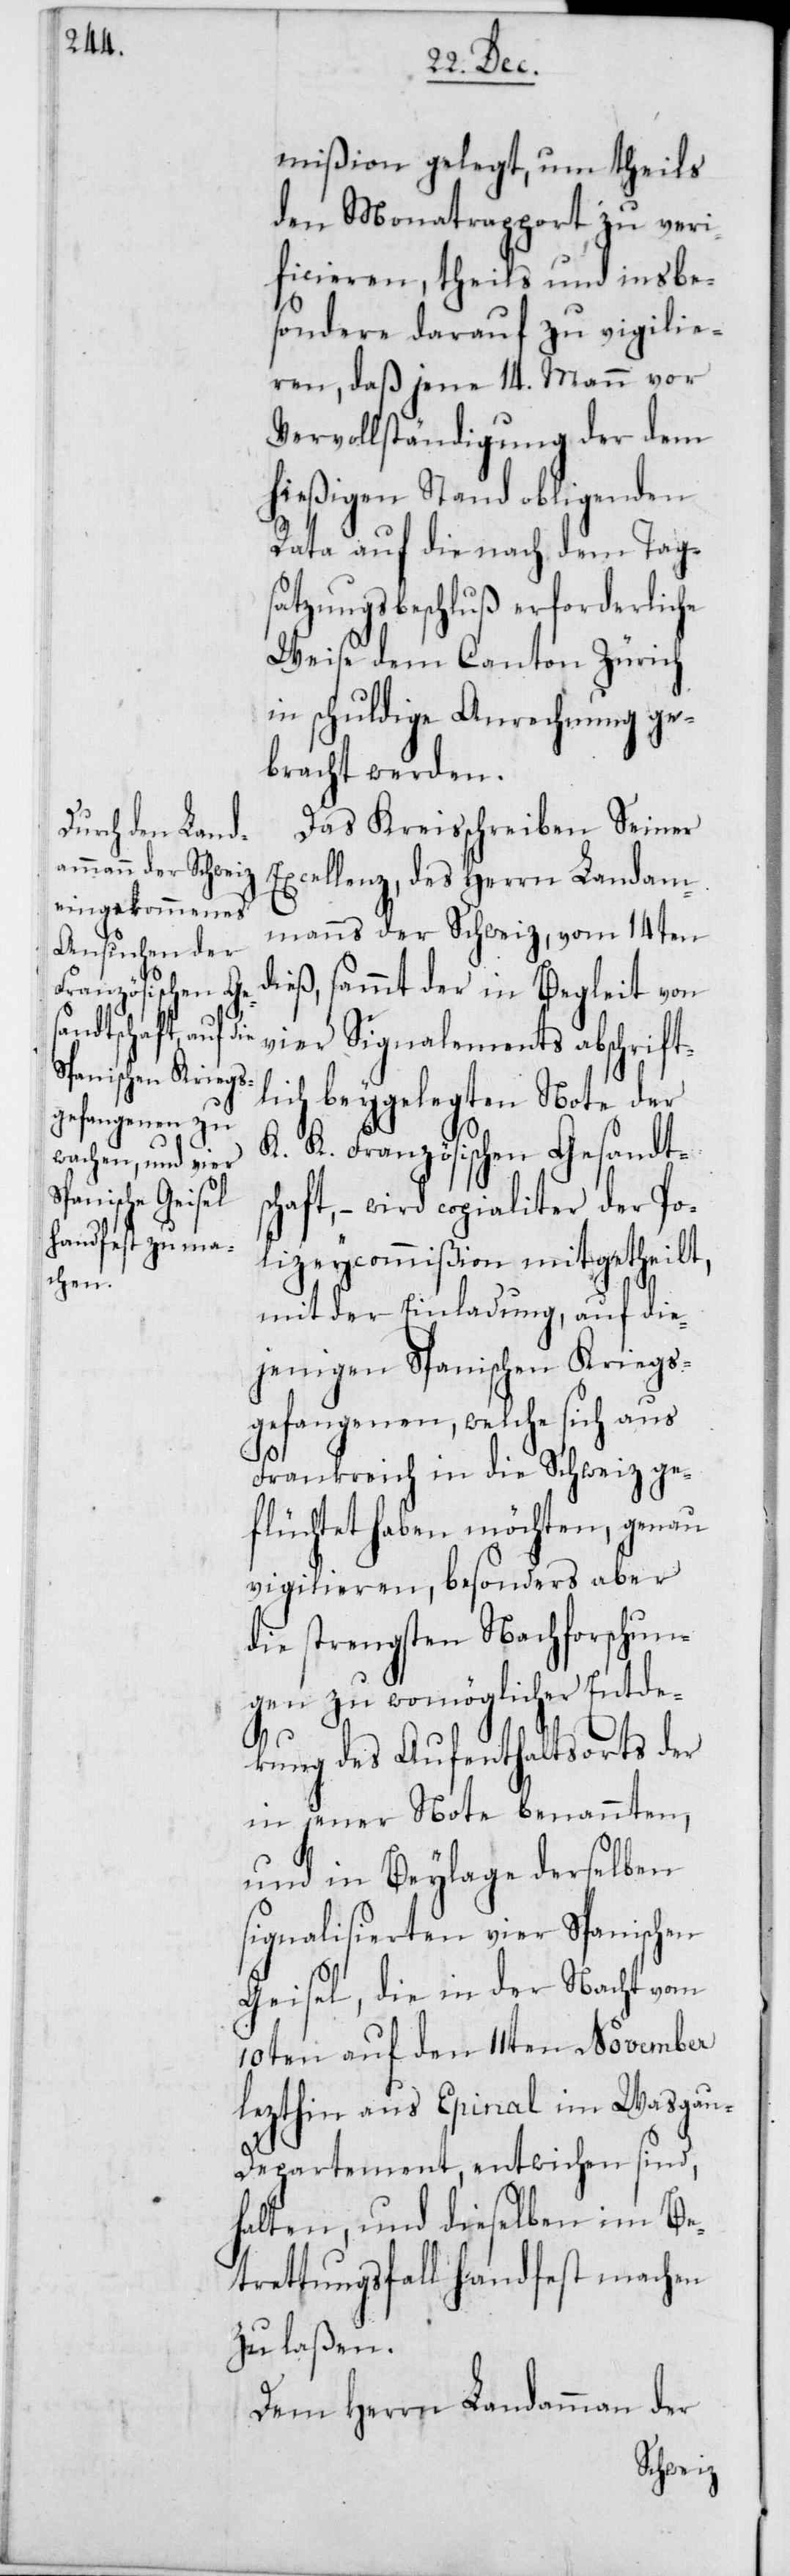
mißion gelegt, um theils
den Monatsrapport zu veri¬
ficieren, theils und insbe¬
sondere darauf zu vigilie¬
ren, daß jene 14. Mann vor
Vervollständigung der dem
hießigen Stand obligenden
Rata auf die nach dem Tags¬
atzungsbeschluß erforderliche
Weise dem Canton Zürich
in schuldige Anrechnung g¬
ebracht werden.
Das Kreisschreiben Seiner
Excellenz, des Herrn Landam¬
manns der Schweiz, vom 14ten
dieß, sammt der in Begleit von
vier Signalements abschrift¬
lich beygelegten Note der
K. K. Französischen Gesandtsc¬
haft, – wird copialiter der Po¬
lizeycommißion mitgetheilt,
mit der Einladung, auf die¬
jenigen Spanischen Kriegs¬
gefangenen, welche sich aus
Frankreich in die Schweiz ge¬
flüchtet haben möchten, genau
vigilieren, besonders aber
die strengsten Nachforschun¬
gen zu womöglicher Entde¬
ckung des Aufenthaltsorts der
in jener Note benannten,
und in Beylage derselben
signalisierten vier Spanischen
Geisel, die in der Nacht vom
10ten auf den 11ten November
lezthin aus Epinal im Wasga¬
u-Departement, entwichen sind,
halten, und dieselben im Be¬
trettungsfall handfest machen
zu laßen.
Dem Herrn Landammann der